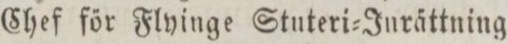
Chef för Flyinge Stuteri=Jurättning.